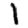
Digit: 1